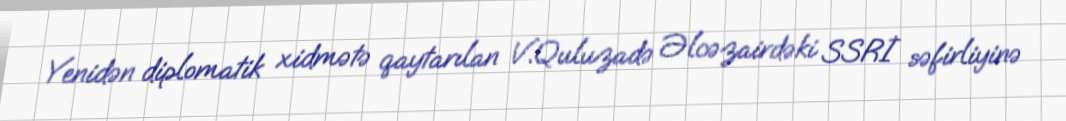
Yenidən diplomatik xidmətə qaytarılan V.Quluzadə Əlcəzairdəki SSRİ səfirliyinə